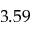
3 . 5 9